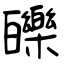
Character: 皪